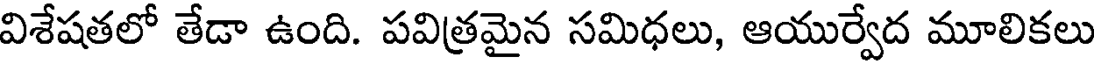
విశేషతలో తేడా ఉంది. పవిత్రమైన సమిధలు, ఆయుర్వేద మూలికలు